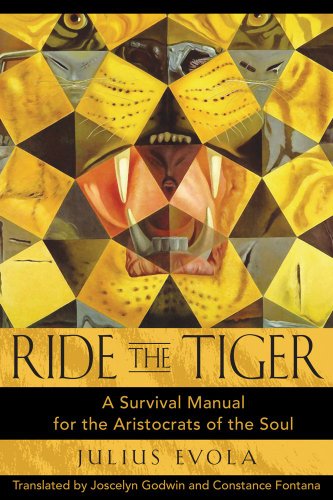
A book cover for Ride the Tiger: A Survival Manual for the Aristocrats of the Soul; Julius Evola; Politics & Social Sciences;